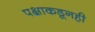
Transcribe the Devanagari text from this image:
पक्षाकडूनही